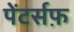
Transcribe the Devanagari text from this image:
पेंटर्सफ़